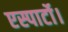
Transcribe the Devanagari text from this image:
एस्पार्टो।